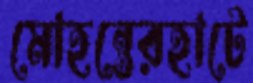
মোহন্তেরহাটে